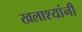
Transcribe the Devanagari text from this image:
खलाश्यांनी